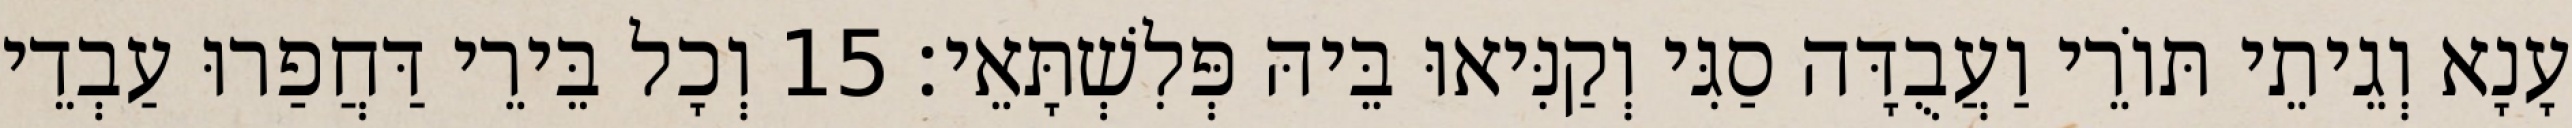
עָנָא וְגֵיתֵי תּוֹרֵי וַעֲבֻדָּה סַגִּי וְקַנִּיאוּ בֵּיהּ פְּלִשְׁתָּאֵי׃ 15 וְכָל בֵּירֵי דַּחֲפַרוּ עַבְדֵי